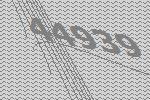
44939